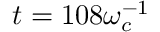
t = 1 0 8 \omega _ { c } ^ { - 1 }